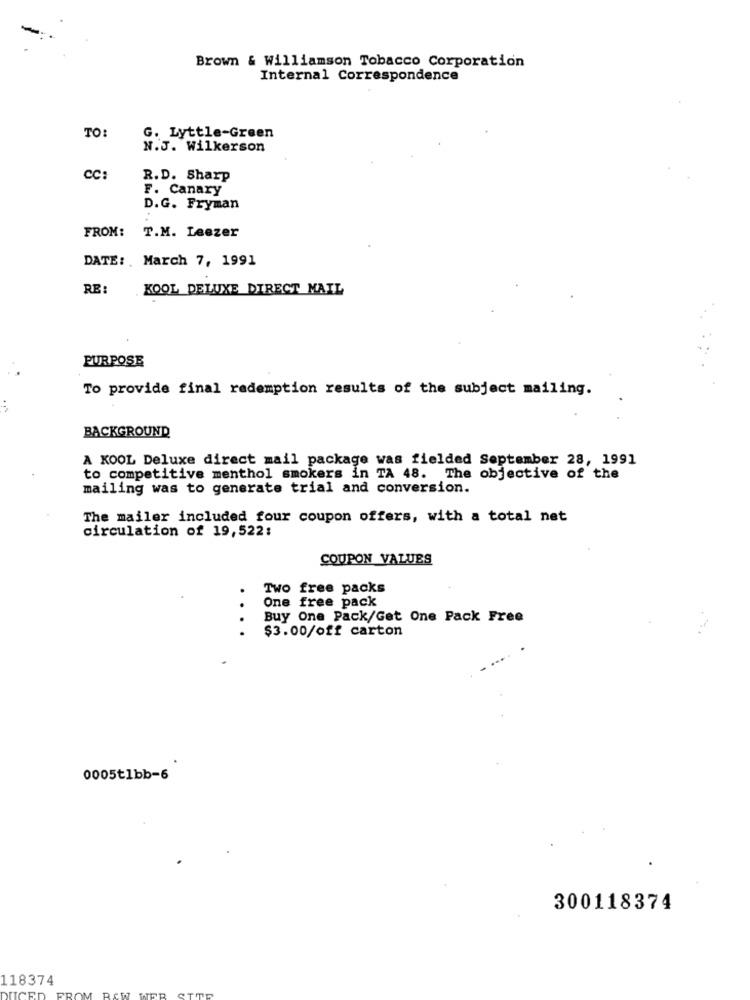
Brown & Williamson Tobacco Corporation
Internal Correspondence
TO:
G. Lyttle-Green
N.J. Wilkerson
CC:
R.D. Sharp
F. Canary
D.G. Fryman
FROM:
T.M. Leezer
DATE: . March 7, 1991
RE :
KOOL DELUXE DIRECT MAIL
PURPOSE
To provide final redemption results of the subject mailing.
BACKGROUND
A KOOL Deluxe direct mail package was fielded September 28, 1991
to competitive menthol smokers in TA 48. The objective of the
mailing was to generate trial and conversion.
The mailer included four coupon offers, with a total net
circulation of 19,522:
COUPON VALUES
Two free packs
One free pack
. .
.
Buy One Pack/Get One Pack Free
$3.00/off carton
0005tlbb=6
300118374
118374
UCED
RAW WER